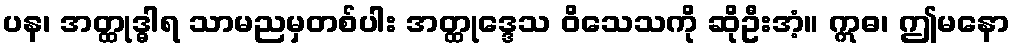
ပန၊ အတ္ထုဒ္ဓါရ သာမညမှတစ်ပါး အတ္ထုဒ္ဒေသ ဝိသေသကို ဆိုဦးအံ့။ ဣဓ၊ ဤမနော